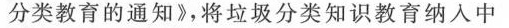
分类教育的通知》，将垃圾分类知识教育纳入中